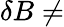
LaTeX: \delta B\neq